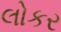
લોકર